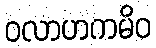
ဝလာဟကမိဝ